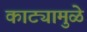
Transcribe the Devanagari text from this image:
काट्यामुळे